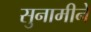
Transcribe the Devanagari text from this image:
सुनामीने